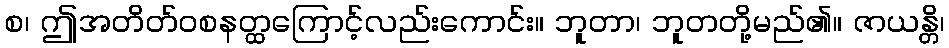
စ၊ ဤအတိတ်ဝစနတ္ထကြောင့်လည်းကောင်း။ ဘူတာ၊ ဘူတတို့မည်၏။ ဇာယန္တိ၊